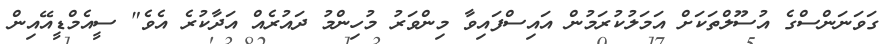
ގަވަނަންސްގެ އުސޫލްތަކަށް އަމަލުކުރަމުން އައިސްފައިވާ މިންވަރު މުހިންމު ދައުރެއް އަދާކުރެ އެވެ" ސީއެމްޑީއޭއިން